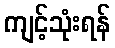
ကျင့်သုံးရန်